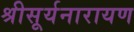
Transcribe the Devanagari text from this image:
श्रीसूर्यनारायण